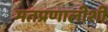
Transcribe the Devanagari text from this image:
मतप्रणालीशी